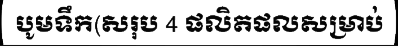
បូមទឹក(សរុប 4 ផលិតផលសម្រាប់